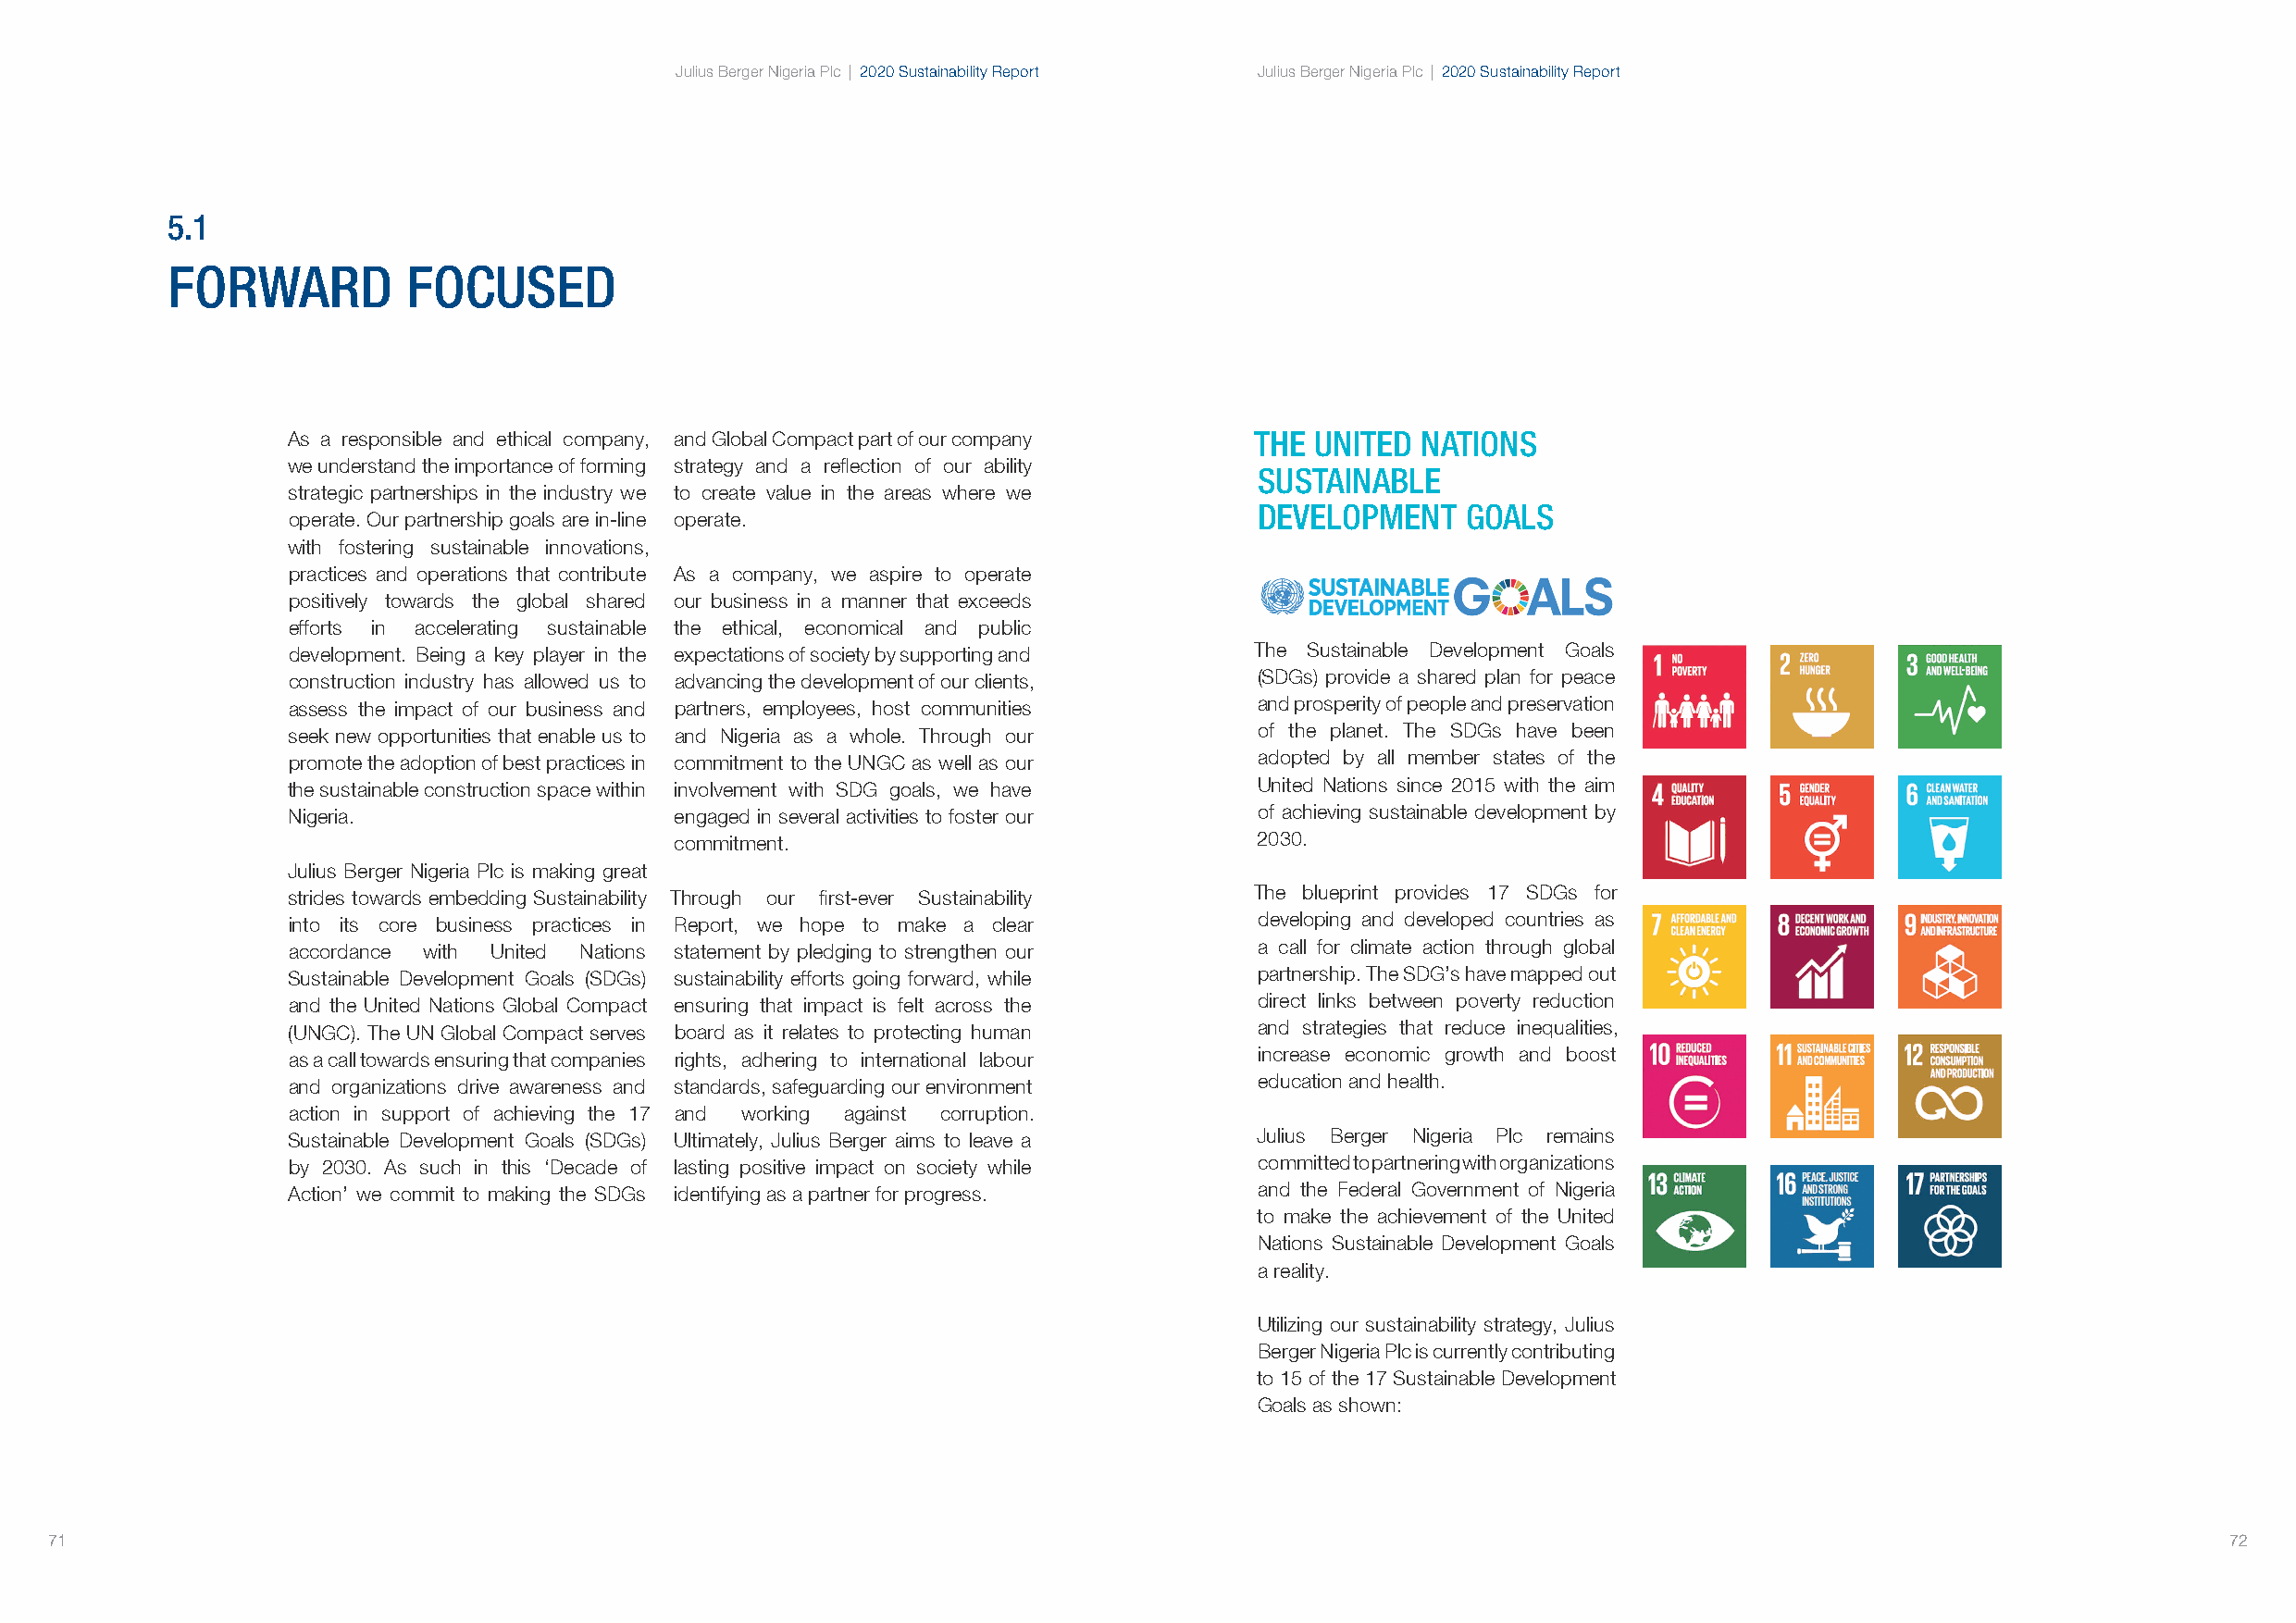
Julius Berger Nigeria Plc | 2020 Sustainability Report Julius Berger Nigeria Plc | 2020 Sustainability Report
 5.1
 FORWARD          FOCUSED
 As a responsible and ethical company, and Global Compact part of our company THE UNITED NATIONS
 we understand the importance of forming strategy and a reflection of our ability
 SUSTAINABLE
 strategic partnerships in the industry we to create value in the areas where we
 DEVELOPMENT    GOALS
 operate. Our partnership goals are in-line operate.
 with fostering sustainable innovations,
 practices and operations that contribute As a company, we aspire to operate
 positively towards the global shared our business in a manner that exceeds
 efforts in accelerating sustainable the ethical, economical and public
 development. Being a key player in the expectations of society by supporting and The Sustainable Development Goals
 construction industry has allowed us to advancing the development of our clients, (SDGs) provide a shared plan for peace
 assess the impact of our business and partners, employees, host communities and prosperity of people and preservation
 seek new opportunities that enable us to and Nigeria as a whole. Through our of the planet. The SDGs have been
 promote the adoption of best practices in commitment to the UNGC as well as our adopted by all member states of the
 the sustainable construction space within involvement with SDG goals, we have United Nations since 2015 with the aim
 Nigeria.                   engaged in several activities to foster our of achieving sustainable development by
 commitment.                               2030.
 Julius Berger Nigeria Plc is making great
 strides towards embedding Sustainability Through our first-ever Sustainability The blueprint provides 17 SDGs for
 into its core business practices in Report, we hope to make a clear  developing and developed countries as
 accordance with United Nations statement by pledging to strengthen our a call for climate action through global
 Sustainable Development Goals (SDGs) sustainability efforts going forward, while partnership. The SDG’s have mapped out
 and the United Nations Global Compact ensuring that impact is felt across the direct links between poverty reduction
 (UNGC). The UN Global Compact serves board as it relates to protecting human and strategies that reduce inequalities,
 as a call towards ensuring that companies rights, adhering to international labour increase economic growth and boost
 and organizations drive awareness and standards, safeguarding our environment education and health.
 action in support of achieving the 17 and working against corruption.
 Sustainable Development Goals (SDGs) Ultimately, Julius Berger aims to leave a Julius Berger Nigeria Plc remains
 by 2030. As such in this ‘Decade of lasting positive impact on society while committed to partnering with organizations
 Action’ we commit to making the SDGs identifying as a partner for progress. and the Federal Government of Nigeria
 to make the achievement of the United
 Nations Sustainable Development Goals
 a reality.
 Utilizing our sustainability strategy, Julius
 Berger Nigeria Plc is currently contributing
 to 15 of the 17 Sustainable Development
 Goals as shown:
 71                                                                                                                                                          72